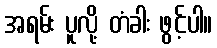
အရမ်း ပူလို့ တံခါး ဖွင့်ပါ။